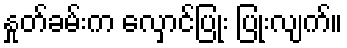
နှုတ်ခမ်းက လှောင်ပြုံး ပြုံးလျက်။